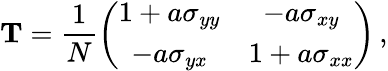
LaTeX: {\mathbf T}=\frac{1}{N}\left(\begin{array}{cc}{1+a\sigma_{yy}}&{-a\sigma_{xy}}\\ {-a\sigma_{yx}}&{1+a\sigma_{xx}}\end{array}\right)\, ,